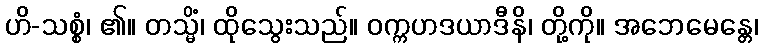
ဟိ-သစ္စံ၊ ၏။ တသ္မိံ၊ ထိုသွေးသည်။ ဝက္ကဟဒယာဒီနိ၊ တို့ကို။ အဘေမေန္တေ၊